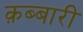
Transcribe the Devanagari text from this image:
क़ब्बारी